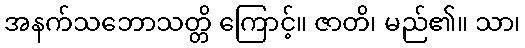
အနက်သဘောသတ္တိ ကြောင့်။ ဇာတိ၊ မည်၏။ သာ၊